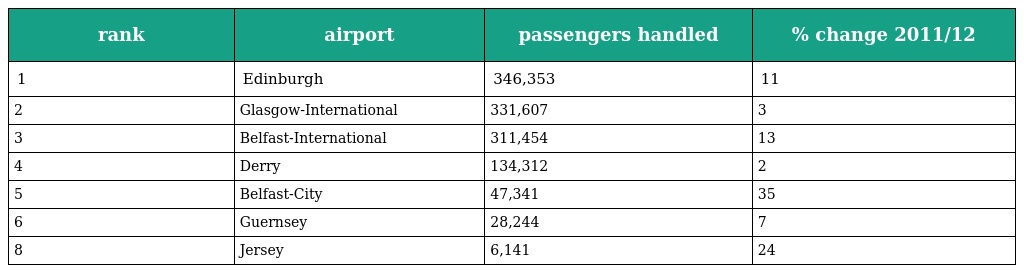
| rank | airport | passengers handled | % change 2011/12 |
 | --- | --- | --- | --- |
 | 1 | Edinburgh | 346,353 | 11 |
 | 2 | Glasgow-International | 331,607 | 3 |
 | 3 | Belfast-International | 311,454 | 13 |
 | 4 | Derry | 134,312 | 2 |
 | 5 | Belfast-City | 47,341 | 35 |
 | 6 | Guernsey | 28,244 | 7 |
 | 8 | Jersey | 6,141 | 24 |